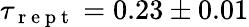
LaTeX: \tau_{\mathrm{~r~e~p~t~}}=0.23\pm 0.01